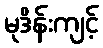
မုဒိန်းကျင့်